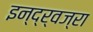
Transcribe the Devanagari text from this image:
इन्द्र्वज्रा